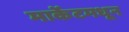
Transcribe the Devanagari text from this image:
मार्केटमधून